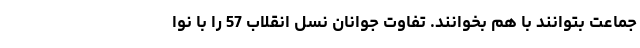
جماعت بتوانند با هم بخوانند. تفاوت جوانان نسل انقلاب 57 را با نوا